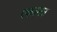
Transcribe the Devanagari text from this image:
एकामत्र